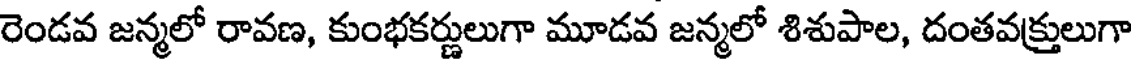
రెండవ జన్మలో రావణ, కుంభకర్ణులుగా మూడవ జన్మలో శిశుపాల, దంతవక్రులుగా